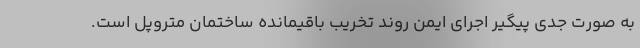
به صورت جدی پیگیر اجرای ایمن روند تخریب باقیمانده ساختمان متروپل است.